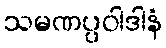
သမဏပ္ပဝါဒါနံ